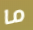
ما